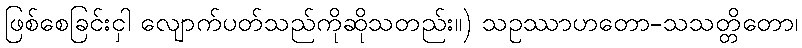
ဖြစ်စေခြင်းငှါ လျောက်ပတ်သည်ကိုဆိုသတည်း။) သဥဿာဟတော-သသတ္တိတော၊